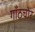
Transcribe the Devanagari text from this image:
गाँठचोर